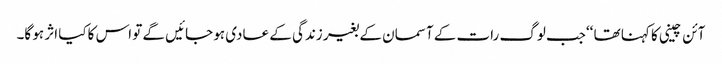
آئن چینی کا کہنا تھا ‘‘جب لوگ رات کے آسمان کے بغیر زندگی کے عادی ہو جائیں گے تو اس کاکیا اثر ہو گا۔